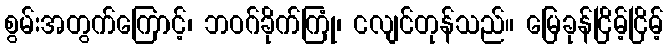
စွမ်းအတွက်ကြောင့်၊ ဘဝဂ်ခိုက်ကြုံ၊ ငလျင်တုန်သည်။ မြေခုန်ငြိမ့်ငြိမ့်